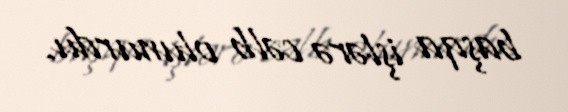
başqa işlərə cəlb olunurdu.